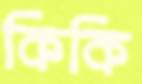
কিকি